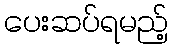
ပေးဆပ်ရမည့်